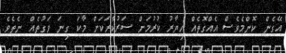
އޭގެން ކޮންމެވެސް އެއްގޮތެއް ހިޔާރު ކުުރުމަށް ސަރުކާރަކަށް މާކަ ގިނަ ވަގުތެއް ނެތެވެ.